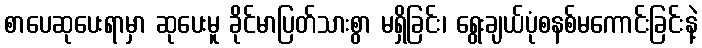
စာပေဆုပေးရာမှာ ဆုပေးမူ ခိုင်မာပြတ်သားစွာ မရှိခြင်း၊ ရွေးချယ်ပုံစနစ်မကောင်းခြင်းနဲ့